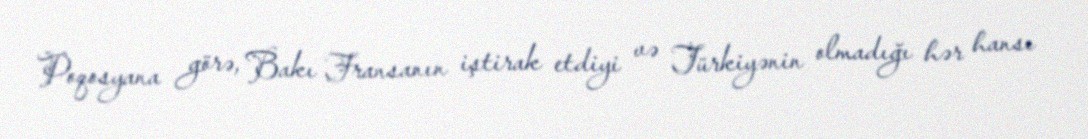
Poqosyana görə, Bakı Fransanın iştirak etdiyi və Türkiyənin olmadığı hər hansı